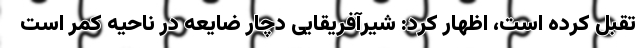
تقبل کرده است، اظهار کرد: شیرآفریقایی دچار ضایعه در ناحیه کمر است